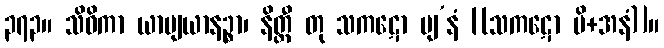
၃၇၃။ သိဝိကာ ယာပျယာနဉ္စာ၊ နိတ္ထီ တု သကဋော ပျ’နံ [(သကဋော ပိ+အနံ)]။